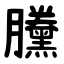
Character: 黱